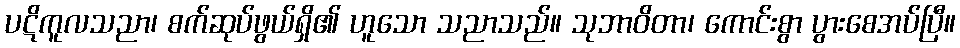
ပဋိကူလသညာ၊ စက်ဆုပ်ဖွယ်ရှိ၏ ဟူသော သညာသည်။ သုဘာဝိတာ၊ ကောင်းစွာ ပွားစေအပ်ပြီ။